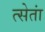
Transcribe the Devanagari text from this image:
त्सेतां